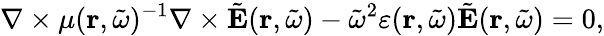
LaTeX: \nabla\times\mu(\mathbf{r},\tilde{\omega})^{-1}\nabla\times\tilde{\mathbf{E}}(\mathbf{r},\tilde{\omega})-\tilde{\omega}^{2}\varepsilon(\mathbf{r},\tilde{\omega})\tilde{\mathbf{E}}(\mathbf{r},\tilde{\omega})=0,